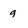
Character: 9